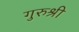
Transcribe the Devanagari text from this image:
गुरुश्री